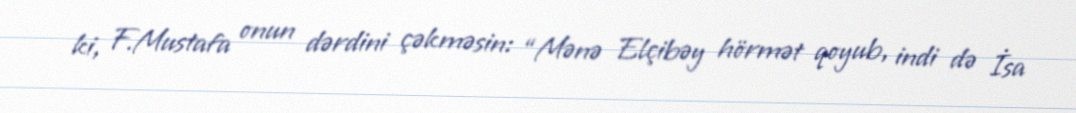
ki, F.Mustafa onun dərdini çəkməsin: “Mənə Elçibəy hörmət qoyub, indi də İsa